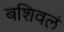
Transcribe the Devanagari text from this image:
बशिवलं